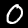
Label: 0